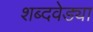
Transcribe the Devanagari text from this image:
शब्दवेड्या